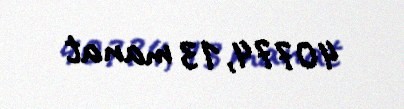
40774,13 manat